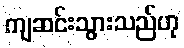
ကျဆင်းသွားသည်ဟု